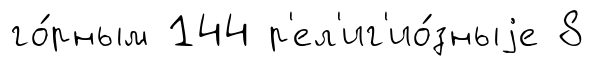
го́рным 144 р'ел'иг'ио́зныjе 8